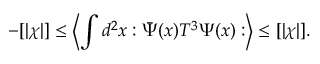
- [ \vert \chi \vert ] \leq \left\langle \int d ^ { 2 } x : \bar { \Psi } ( x ) T ^ { 3 } \Psi ( x ) : \right\rangle \leq [ \vert \chi \vert ] .